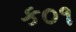
ક૦૧